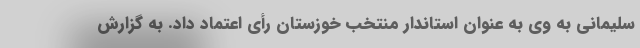
سلیمانی به وی به عنوان استاندار منتخب خوزستان رأی اعتماد داد. به گزارش